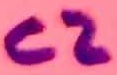
Text: C2